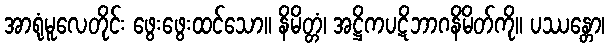
အာရုံမူလေတိုင်း ဖွေးဖွေးထင်သော။ နိမိတ္တံ၊ အဋ္ဌိကပဋိဘာဂနိမိတ်ကို။ ပဿန္တော၊